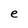
Character: e